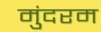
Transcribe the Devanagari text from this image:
मुंदरम